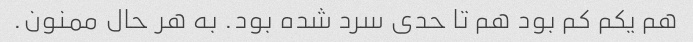
هم یکم کم بود هم تا حدی سرد شده بود. به هر حال ممنون.